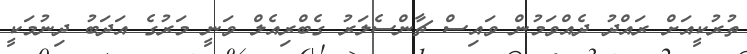
ތުރުކީއަށް ރައްދު ދެއްވަމުން ވައިސް ޗާންސެލަރު ގެބްރިއެލް ވަނީ މަރުގެ އަދަބު ދިނުމަކީ